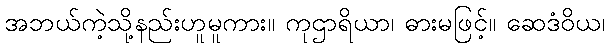
အဘယ်ကဲ့သို့နည်းဟူမူကား။ ကုဌာရိယာ၊ ဓားမဖြင့်။ ဆေဒံဝိယ၊